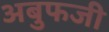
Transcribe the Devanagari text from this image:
अबुफजी